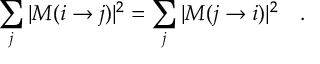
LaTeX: \sum _ { j } | { \cal M } ( i \rightarrow j ) | ^ { 2 } = \sum _ { j } | { \cal M } ( j \rightarrow i ) | ^ { 2 } \quad .